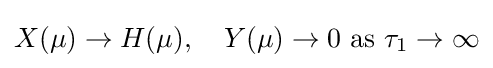
X(\mu )\rightarrow H(\mu ),\quad Y(\mu )\rightarrow 0\ {\text{as}}\ \tau _{1}\rightarrow \infty